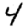
Digit: 4